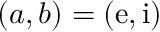
( a , b ) = ( \mathrm { e } , \mathrm { i } )